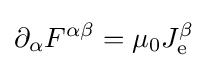
\partial _{\alpha }F^{\alpha \beta }=\mu _{0}J_{\mathrm {e} }^{\beta }